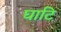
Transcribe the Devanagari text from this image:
घाटि